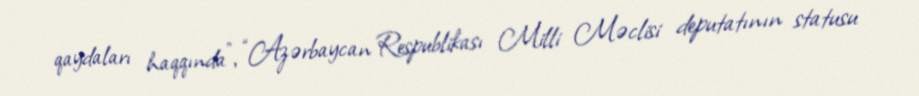
qaydaları haqqında”, “Azərbaycan Respublikası Milli Məclisi deputatının statusu